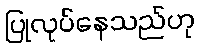
ပြုလုပ်နေသည်ဟု